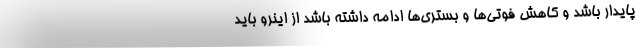
پایدار باشد و کاهش فوتی‌ها و بستری‌ها ادامه داشته باشد از اینرو باید